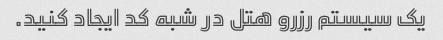
یک سیستم رزرو هتل در شبه کد ایجاد کنید.